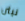
نيثن